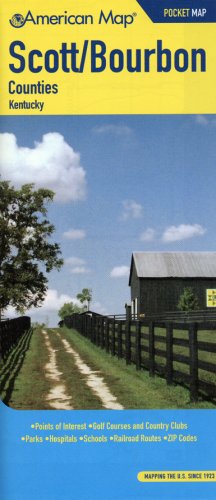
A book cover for Scott Bourbon Counties Ky Pocket Map (American Map); Travel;